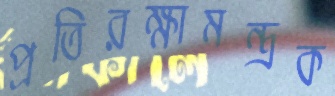
প্রতিরক্ষামন্ত্রক